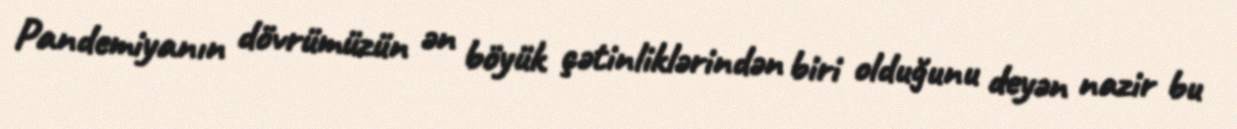
Pandemiyanın dövrümüzün ən böyük çətinliklərindən biri olduğunu deyən nazir bu